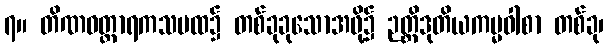
၇။ တိဏဝတ္ထာရကသမထ၌ တစ်ခုခုသောအဖို့၌ ဉတ္တိဒုတိယကမ္မဝါစာ တစ်ခု၊